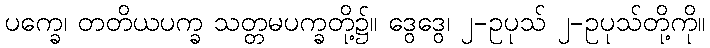
ပက္ခေ၊ တတိယပက္ခ သတ္တမပက္ခတို့၌။ ဒွေဒွေ၊ ၂-ဥပုသ် ၂-ဥပုသ်တို့ကို။